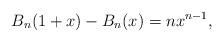
LaTeX: \begin{align*}B_n (1 + x) - B_n (x) = nx^{n - 1}, \end{align*}